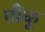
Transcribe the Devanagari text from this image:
गौंकू